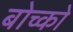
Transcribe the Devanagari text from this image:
बोच्को